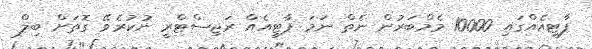
ޕާޓީއެއްގައި 10000 މެމްބަރުން ނެތް ނަމަ ޕާޓީއެއް ރަޖިސްޓްރީ ނުކުރެވޭ ގޮތަށް ބިލް